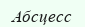
Абсцесс